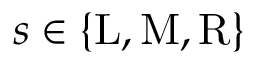
s \in \{ \mathrm { L } , \mathrm { M } , \mathrm { R } \}